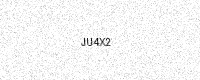
Text: JU4X2